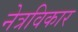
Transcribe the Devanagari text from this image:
नेत्रविकार